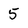
Character: 5